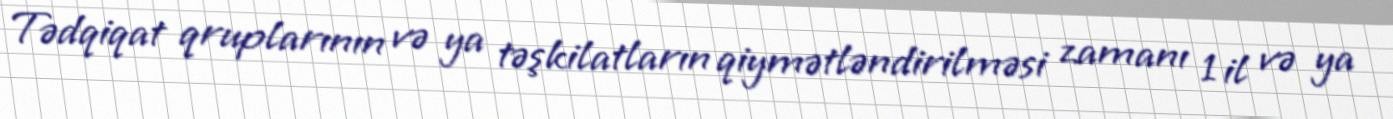
Tədqiqat qruplarının və ya təşkilatların qiymətləndirilməsi zamanı 1 il və ya